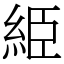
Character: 䋗